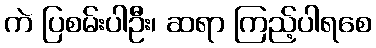
ကဲ ပြစမ်းပါဦး၊ ဆရာ ကြည့်ပါရစေ